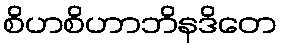
စိဟစိဟာဘိနဒိတေ